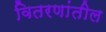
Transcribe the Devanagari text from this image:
वितरणांतील